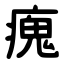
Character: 瘣